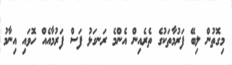
މިގޮތުން ލިބޭ ފަރުމާތަކުގެ ތެރެއިން އެންމެ ރަނގަޅު ފަސް ފަރުމާއެއް ހޮވައި އިނާމު